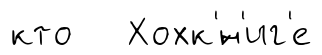
кто Хохк'́н'иг'е